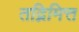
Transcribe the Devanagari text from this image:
तद्निमित्त